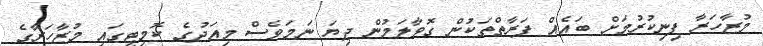
މުޒާހަރާ ފިނިކުރުމަށް ބައެއް ފަރާތްތަކުން ގޮވާލަމުން ދިޔަ ނަމަވެސް މިއަދުގެ ކޮމިޓީގައި މުޒާހަރާގެ